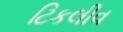
ટિકલીવ